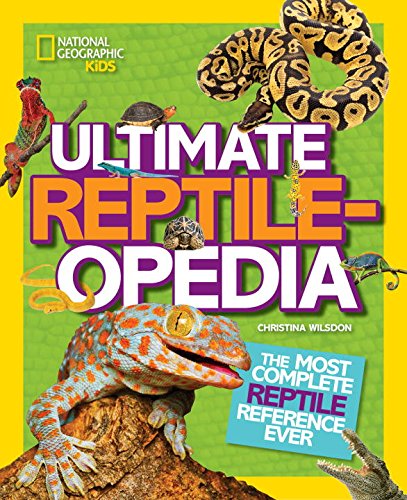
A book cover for Ultimate Reptileopedia: The Most Complete Reptile Reference Ever; Christina Wilsdon; Children's Books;